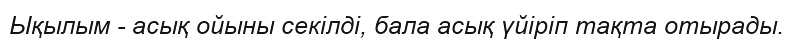
Ықылым - асық ойыны секілді, бала асық үйіріп тақта отырады.